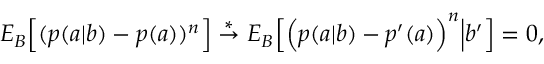
\begin{array} { r } { { E } _ { B } \Big [ ( p ( a | b ) - p ( a ) ) ^ { n } \Big ] \stackrel { * } { \rightarrow } { E } _ { B } \Big [ \Big ( p ( a | b ) - p ^ { \prime } ( a ) \Big ) ^ { n } \Big | b ^ { \prime } \Big ] = 0 , } \end{array}